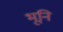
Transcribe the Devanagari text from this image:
भूनि